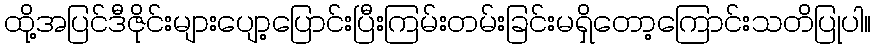
ထို့အပြင်ဒီဇိုင်းများပျော့ပြောင်းပြီးကြမ်းတမ်းခြင်းမရှိတော့ကြောင်းသတိပြုပါ။